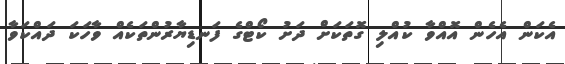
އެކަން އެހެން އޮއްވާ ކުއްލި ގޮތަކަށް ދަށު ކޯޓްގެ ފަނޑިޔާރުންތަކެއް ވާހަކަ ދައްކަވާ